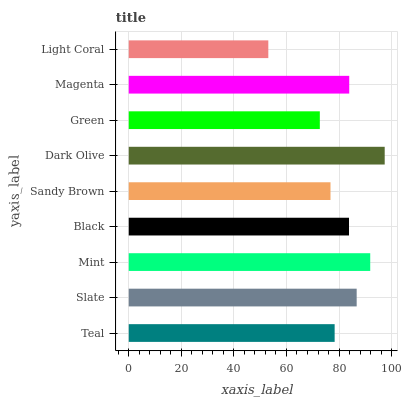
| yaxis_label | bars |
 | --- | --- |
 | Teal | 78.3 |
 | Slate | 86.7 |
 | Mint | 91.9 |
 | Black | 83.8 |
 | Sandy Brown | 76.7 |
 | Dark Olive | 97.4 |
 | Green | 72.7 |
 | Magenta | 83.9 |
 | Light Coral | 53.1 |